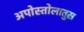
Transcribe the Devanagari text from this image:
अपोस्तोलातुस